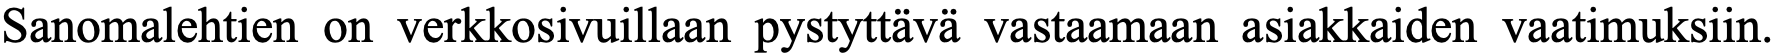
Sanomalehtien on verkkosivuillaan pystyttävä vastaamaan asiakkaiden vaatimuksiin.